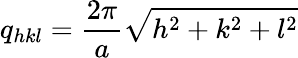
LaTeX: q_{hkl}=\frac{2\pi}{a}\sqrt{h^{2}+k^{2}+l^{2}}